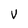
Character: V